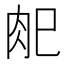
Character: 𰮆